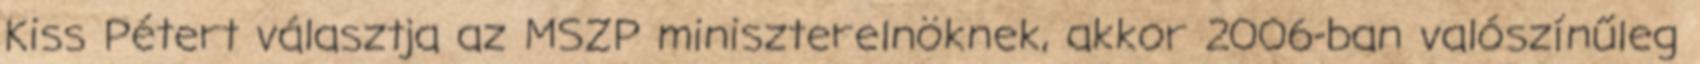
Kiss Pétert választja az MSZP miniszterelnöknek, akkor 2006-ban valószínűleg